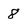
Character: 8